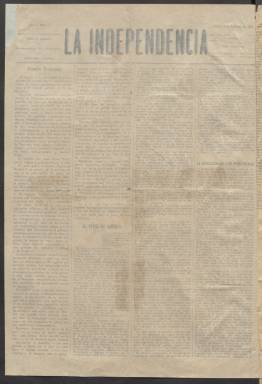
Título: La Independencia (Manila)
Colección: Periódicos
Ámbito geográfico: Filipinas
Lugar de publicación: Manila
Fechas: 03/09/1898-06/09/1898